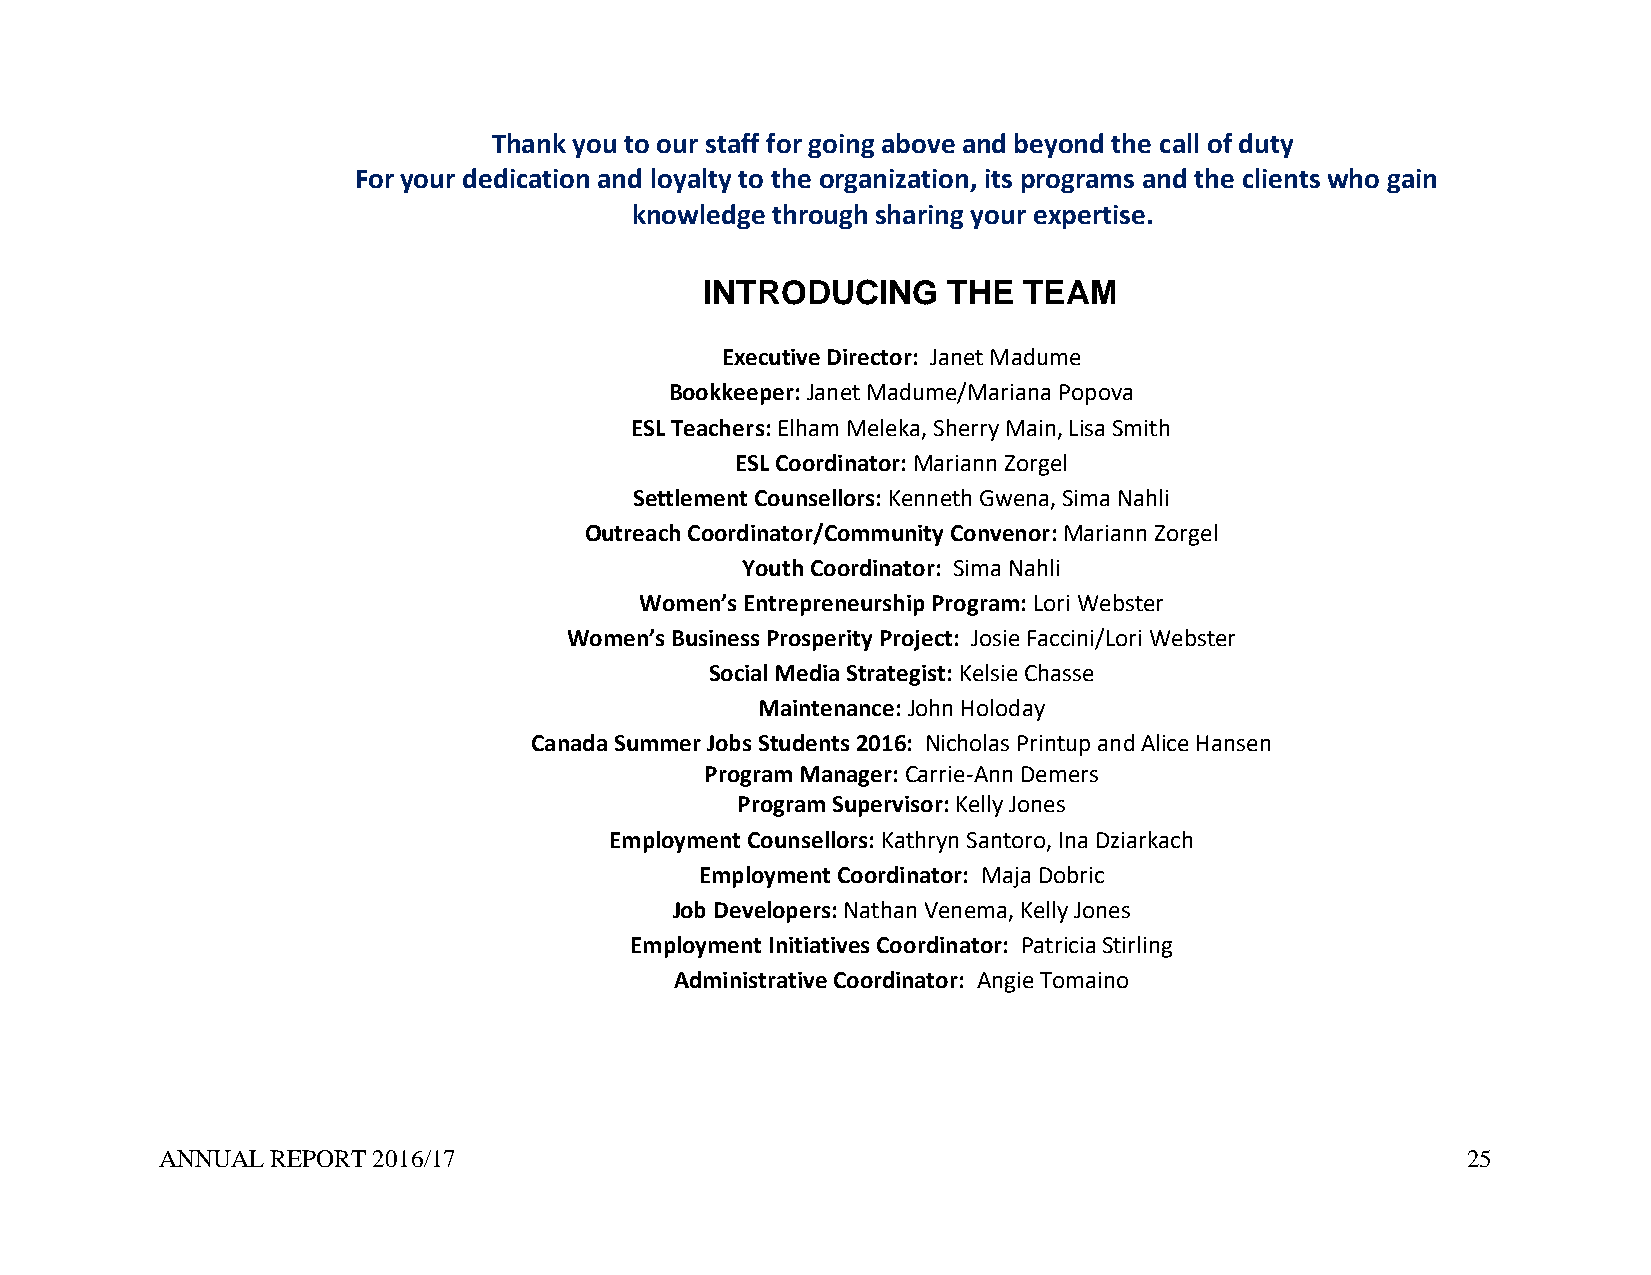
Thank you to our staff for going above and beyond the call of duty
 For your dedication and loyalty to the organization, its programs and the clients who gain
 knowledge through sharing your expertise.
 INTRODUCING     THE  TEAM
 Executive Director : Janet Madume
 Bookkeeper: Janet Madume/Mariana Popova
 ESL Teachers: Elham Meleka, Sherry Main, Lisa Smith
 ESL Coordinator: Mariann Zorgel
 Settlement Counsellors: Kenneth Gwena, Sima Nahli
 Outreach Coordinator/Community Convenor: Mariann Zorgel
 Youth Coordinator: Sima Nahli
 Women’s Entrepreneurship Program: Lori Webster
 Women’s Business Prosperity Project: Josie Faccini/Lori Webster
 Social Media Strategist: Kelsie Chasse
 Maintenance: John Holoday
 Canada Summer Jobs Students 2016: Nicholas Printup and Alice Hansen
 Program Manager: Carrie-Ann Demers
 Program Supervisor: Kelly Jones
 Employment Counsellors: Kathryn Santoro, Ina Dziarkach
 Employment Coordinator: Maja Dobric
 Job Developers: Nathan Venema, Kelly Jones
 Employment Initiatives Coordinator: Patricia Stirling
 Administrative Coordinator: Angie Tomaino
 ANNUAL REPORT 2016/17                                                                 25